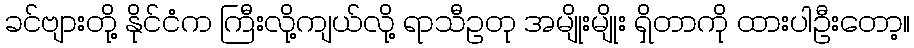
ခင်ဗျားတို့ နိုင်ငံက ကြီးလို့ကျယ်လို့ ရာသီဥတု အမျိုးမျိုး ရှိတာကို ထားပါဦးတော့။